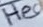
Text: Hea